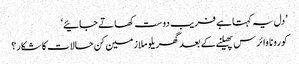
’دل یہ کہتا ہے فریب دوست کھاتے جائیے‘
کورونا وائرس پھیلنے کے بعد گھریلو ملازمین کن حالات کا شکار؟